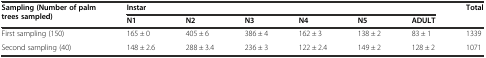
<table><thead><tr><td rowspan="2"><b>Sampling (Number of palm trees sampled)</b></td><td colspan="6"><b>Instar</b></td><td rowspan="2"><b>Total</b></td></tr><tr><td><b>N1</b></td><td><b>N2</b></td><td><b>N3</b></td><td><b>N4</b></td><td><b>N5</b></td><td><b>ADULT</b></td></tr></thead><tbody><tr><td>First sampling (150)</td><td>165 ± 0</td><td>405 ± 6</td><td>386 ± 4</td><td>162 ± 3</td><td>138 ± 2</td><td>83 ± 1</td><td>1339</td></tr><tr><td>Second sampling (40)</td><td>148 ± 2.6</td><td>288 ± 3.4</td><td>236 ± 3</td><td>122 ± 2.4</td><td>149 ± 2</td><td>128 ± 2</td><td>1071</td></tr></tbody></table>